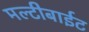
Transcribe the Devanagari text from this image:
मल्टीबाईट